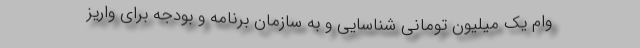
وام یک میلیون تومانی شناسایی و به سازمان برنامه و بودجه برای واریز